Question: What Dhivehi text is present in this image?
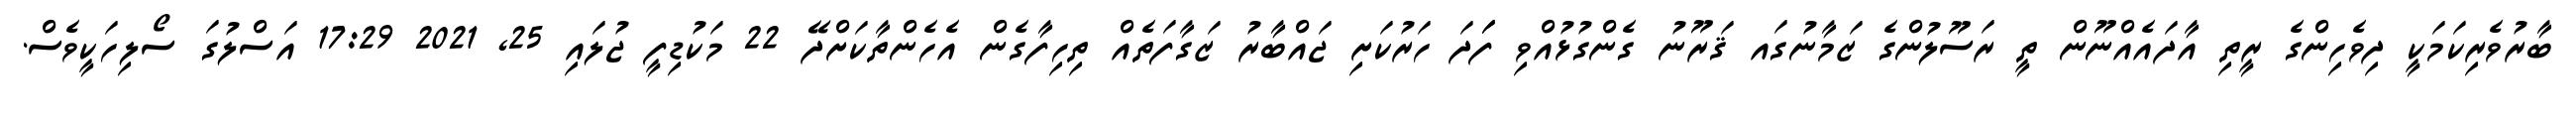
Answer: ބާރުވެރިކަމަކީ ދިވެހިންގެ ރީތި އާދައެއްނޫން ތީ ރަސޫލުންގެ ޒަމާނުގައ ޤަރޫނު ގެންގުޅުއްވި ފަަދަ ހަރުކަށި ޖައްބާރު ޒަގާފަތެއް ތިހިފާގެން އެހެންތާކަށްދޭ 22 މަކުޑިފީ ޖުލައި 25, 2021 17:29 އަސްލުގަ ސޯލިހަކީވެސް.